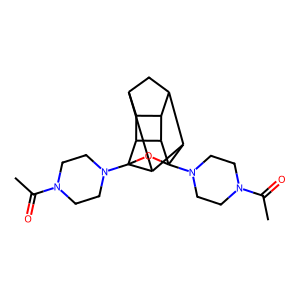
SMILES: CC(=O)N1CCN(C23OC4(N5CCN(C(C)=O)CC5)C5C6CC(C7C6C4C72)C53)CC1
Inhibits HIV replication: No